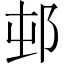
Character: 邨